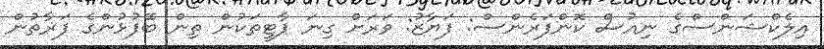
އިލެކްޝަންސްގެ ނިއުސް ކޮންފަރެންސް: ފަޔާޒު: ވަރަށް ގިނަ ޕާޓީތަކުން ތިން ބޭފުޅުންގެ ފަޜާތުން